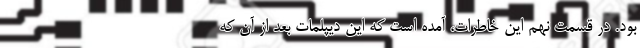
بود. در قسمت نهم این خاطرات، آمده است که این دیپلمات بعد از آن که